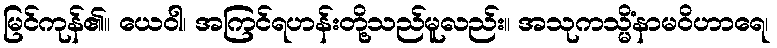
မြင်ကုန်၏။ ယေဝါ၊ အကြင်ရဟန်းတို့သည်မူလည်း။ အသုကသ္မိံနာမဝိဟာရေ၊